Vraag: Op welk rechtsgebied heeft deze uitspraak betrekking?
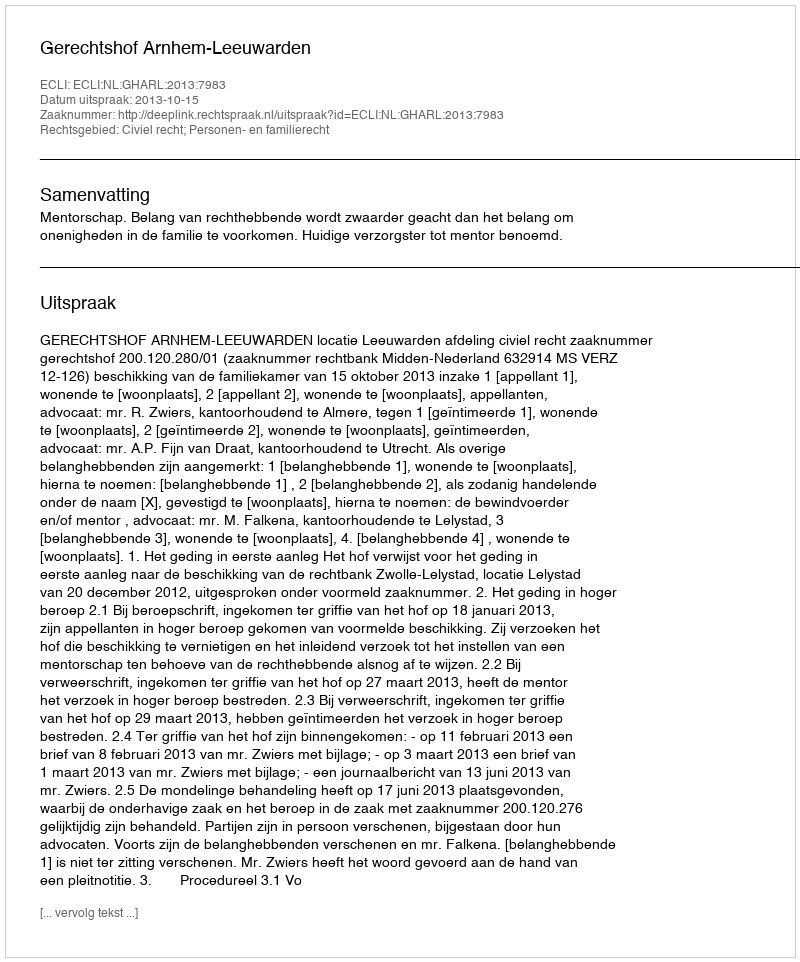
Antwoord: Civiel recht; Personen- en familierecht